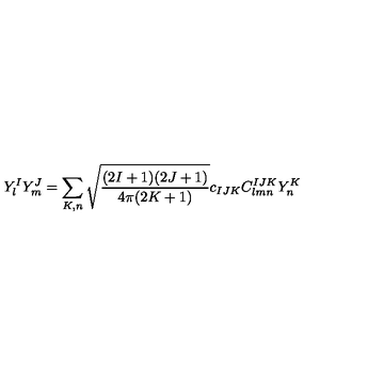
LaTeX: Y _ { l } ^ { I } Y _ { m } ^ { J } = \sum _ { K , n } \sqrt { \frac { ( 2 I + 1 ) ( 2 J + 1 ) } { 4 \pi ( 2 K + 1 ) } } c _ { I J K } C _ { l m n } ^ { I J K } Y _ { n } ^ { K }